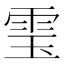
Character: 𮸬